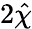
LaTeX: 2\hat{\chi}